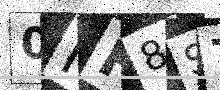
Text: 0IH8S7